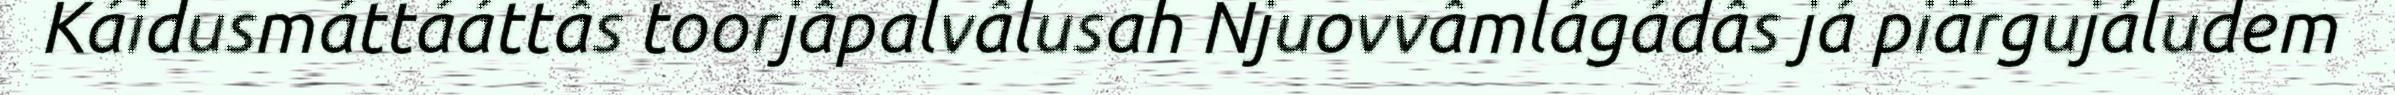
Káidusmáttááttâs toorjâpalvâlusah Njuovvâmlágádâs já piärgujáludem